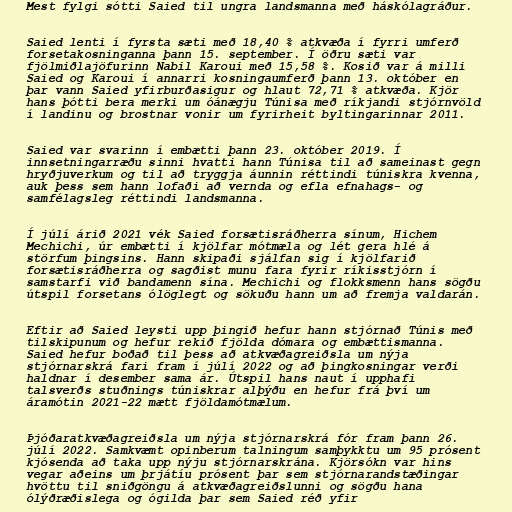
Mest fylgi sótti Saied til ungra landsmanna með háskólagráður.

Saied lenti í fyrsta sæti með 18,40 % atkvæða í fyrri umferð
forsetakosninganna þann 15. september. Í öðru sæti var
fjölmiðlajöfurinn Nabil Karoui með 15,58 %. Kosið var á milli
Saied og Karoui í annarri kosningaumferð þann 13. október en
þar vann Saied yfirburðasigur og hlaut 72,71 % atkvæða. Kjör
hans þótti bera merki um óánægju Túnisa með ríkjandi stjórnvöld
í landinu og brostnar vonir um fyrirheit byltingarinnar 2011.

Saied var svarinn í embætti þann 23. október 2019. Í
innsetningarræðu sinni hvatti hann Túnisa til að sameinast gegn
hryðjuverkum og til að tryggja áunnin réttindi túniskra kvenna,
auk þess sem hann lofaði að vernda og efla efnahags- og
samfélagsleg réttindi landsmanna.

Í júlí árið 2021 vék Saied forsætisráðherra sínum, Hichem
Mechichi, úr embætti í kjölfar mótmæla og lét gera hlé á
störfum þingsins. Hann skipaði sjálfan sig í kjölfarið
forsætisráðherra og sagðist munu fara fyrir ríkisstjórn í
samstarfi við bandamenn sína. Mechichi og flokksmenn hans sögðu
útspil forsetans ólöglegt og sökuðu hann um að fremja valdarán.

Eftir að Saied leysti upp þingið hefur hann stjórnað Túnis með
tilskipunum og hefur rekið fjölda dómara og embættismanna.
Saied hefur boðað til þess að atkvæðagreiðsla um nýja
stjórnarskrá fari fram í júlí 2022 og að þingkosningar verði
haldnar í desember sama ár. Útspil hans naut í upphafi
talsverðs stuðnings túniskrar alþýðu en hefur frá því um
áramótin 2021-22 mætt fjöldamótmælum.

Þjóðaratkvæðagreiðsla um nýja stjórnarskrá fór fram þann 26.
júlí 2022. Samkvæmt opinberum talningum samþykktu um 95 prósent
kjósenda að taka upp nýju stjórnarskrána. Kjörsókn var hins
vegar aðeins um þrjátíu prósent þar sem stjórnarandstæðingar
hvöttu til sniðgöngu á atkvæðagreiðslunni og sögðu hana
ólýðræðislega og ógilda þar sem Saied réð yfir